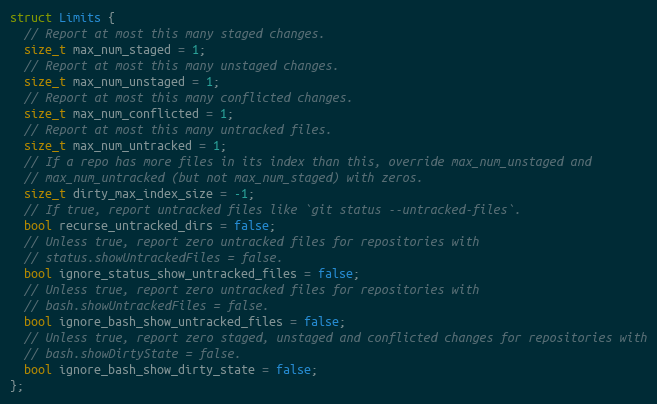
Language: C
struct Limits {
  // Report at most this many staged changes.
  size_t max_num_staged = 1;
  // Report at most this many unstaged changes.
  size_t max_num_unstaged = 1;
  // Report at most this many conflicted changes.
  size_t max_num_conflicted = 1;
  // Report at most this many untracked files.
  size_t max_num_untracked = 1;
  // If a repo has more files in its index than this, override max_num_unstaged and
  // max_num_untracked (but not max_num_staged) with zeros.
  size_t dirty_max_index_size = -1;
  // If true, report untracked files like `git status --untracked-files`.
  bool recurse_untracked_dirs = false;
  // Unless true, report zero untracked files for repositories with
  // status.showUntrackedFiles = false.
  bool ignore_status_show_untracked_files = false;
  // Unless true, report zero untracked files for repositories with
  // bash.showUntrackedFiles = false.
  bool ignore_bash_show_untracked_files = false;
  // Unless true, report zero staged, unstaged and conflicted changes for repositories with
  // bash.showDirtyState = false.
  bool ignore_bash_show_dirty_state = false;
};